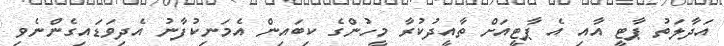
އަދާލަތު ޕާޓީ އާއި އެ ޕާޓީއަށް ތާއީދުކުރާ މީހުންގެ ކިބައިން އެމަނިކުފާނު އެދިވަޑައިގެންނެވި